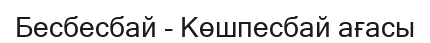
Бесбесбай - Көшпесбай ағасы